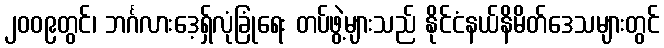
၂၀၀၉တွင်၊ ဘင်္ဂလားဒေ့ရှ်လုံခြုံရေး တပ်ဖွဲ့များသည် နိုင်ငံနယ်နိမိတ်ဒေသများတွင်